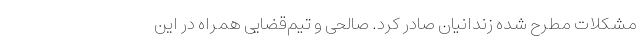
مشکلات مطرح شده زندانیان صادر کرد. صالحی و تیم‌قضایی همراه در این